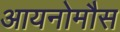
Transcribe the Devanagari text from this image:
आयनोमौस